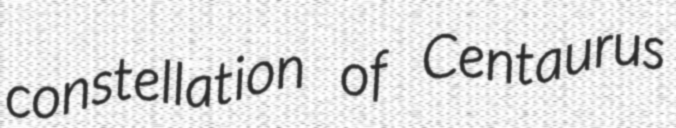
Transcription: constellation of Centaurus